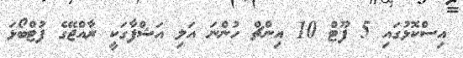
އިސްކޮޅުގައި 5 ފޫޓް 10 އިންޗް ހުންނަ އަލި އަޝްފާގަކީ ރާއްޖޭގެ ފުޓްބޯޅަ